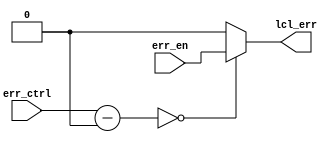
module errorInjectionControlRouter(
    input err_en,
    input [15:0] err_ctrl,
    output reg [LCL-1:0] lcl_err
    );

	parameter LWB = 0;	// Lower bound
	parameter UPB = 1;	// Upper bound
	parameter LCL = 1;	// Number of local dffs

	wire inBounds = (err_ctrl <= UPB) | (err_ctrl >= LWB);
	wire [15:0] shft_err_ctrl = err_ctrl - LWB;
	
	genvar i;
	generate
		for(i = 0; i < LCL; i = i + 1)
		begin : ONEHOT
			always @(*)
				lcl_err[i] = (shft_err_ctrl == i)? err_en : 0;
		end
	endgenerate
	
	
	
	// RESUME HERE:
	// 1. Detect if error control ID is within bounds
	// 2. Subtract offset so that first local DFF has an ID of 0
	//	3. One-Hot the local IDs and rout them to the locals
	// 4. Pass down the shrunken(?) error control ID values (HOW DO WE SHRINK THE BINARY REPRESENTATION, DONE IN PARSER?)
	
	

endmodule